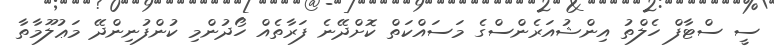
ސީ ސްޓާފް ހެލްތު އިންޝުއަރެންސްގެ މަސައްކަތް ކޮށްދޭނެ ފަރާތެއް ހޯދުންމި ކުންފުނިންދޭ މަޢުލޫމާތާ